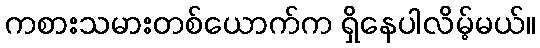
ကစားသမားတစ်ယောက်က ရှိနေပါလိမ့်မယ်။